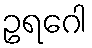
ဥရဂေါ